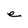
Character: e